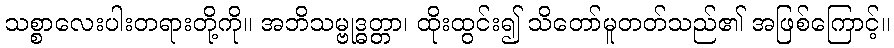
သစ္စာလေးပါးတရားတို့ကို။ အဘိသမ္ဗုဒ္ဓတ္တာ၊ ထိုးထွင်း၍ သိတော်မူတတ်သည်၏ အဖြစ်ကြောင့်။